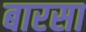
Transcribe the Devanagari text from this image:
बारसा